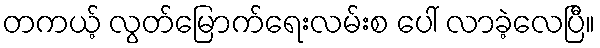
တကယ့် လွတ်မြောက်ရေးလမ်းစ ပေါ် လာခဲ့လေပြီ။